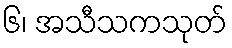
၆၊ အသီသကသုတ်